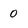
Character: 0